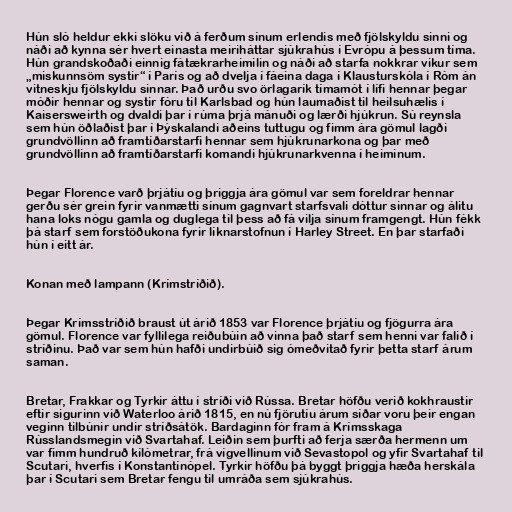
Hún sló heldur ekki slöku við á ferðum sínum erlendis með fjölskyldu sinni og
náði að kynna sér hvert einasta meiriháttar sjúkrahús í Evrópu á þessum tíma.
Hún grandskoðaði einnig fátækrarheimilin og náði að starfa nokkrar vikur sem
„miskunnsöm systir“ í París og að dvelja í fáeina daga í Klausturskóla í Róm án
vitneskju fjölskyldu sinnar. Það urðu svo örlagarík tímamót í lífi hennar þegar
móðir hennar og systir fóru til Karlsbad og hún laumaðist til heilsuhælis í
Kaisersweirth og dvaldi þar í rúma þrjá mánuði og lærði hjúkrun. Sú reynsla
sem hún öðlaðist þar í Þýskalandi aðeins tuttugu og fimm ára gömul lagði
grundvöllinn að framtíðarstarfi hennar sem hjúkrunarkona og þar með
grundvöllinn að framtíðarstarfi komandi hjúkrunarkvenna í heiminum.

Þegar Florence varð þrjátíu og þriggja ára gömul var sem foreldrar hennar
gerðu sér grein fyrir vanmætti sínum gagnvart starfsvali dóttur sinnar og álitu
hana loks nógu gamla og duglega til þess að fá vilja sínum framgengt. Hún fékk
þá starf sem forstöðukona fyrir líknarstofnun í Harley Street. En þar starfaði
hún í eitt ár.

Konan með lampann (Krímstríðið).

Þegar Krímsstríðið braust út árið 1853 var Florence þrjátíu og fjögurra ára
gömul. Florence var fyllilega reiðubúin að vinna það starf sem henni var falið í
stríðinu. Það var sem hún hafði undirbúið sig ómeðvitað fyrir þetta starf árum
saman.

Bretar, Frakkar og Tyrkir áttu í stríði við Rússa. Bretar höfðu verið kokhraustir
eftir sigurinn við Waterloo árið 1815, en nú fjörutíu árum síðar voru þeir engan
veginn tilbúnir undir stríðsátök. Bardaginn fór fram á Krímsskaga
Rússlandsmegin við Svartahaf. Leiðin sem þurfti að ferja særða hermenn um
var fimm hundruð kílómetrar, frá vígvellinum við Sevastopol og yfir Svartahaf til
Scutari, hverfis í Konstantínópel. Tyrkir höfðu þá byggt þriggja hæða herskála
þar í Scutari sem Bretar fengu til umráða sem sjúkrahús.